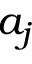
a _ { j }